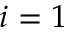
i = 1